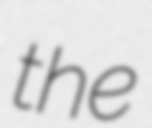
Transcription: the